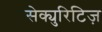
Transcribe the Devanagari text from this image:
सेक्युरिटिज़